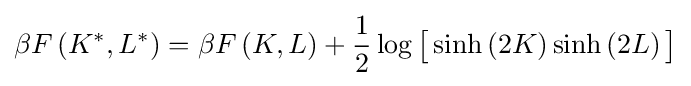
\beta F\left(K^{*},L^{*}\right)=\beta F\left(K,L\right)+{\frac {1}{2}}\log {\big [}\sinh \left(2K\right)\sinh \left(2L\right){\big ]}